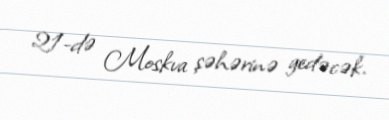
21-də Moskva şəhərinə gedəcək.